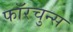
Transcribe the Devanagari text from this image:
फॉरचुन्स